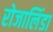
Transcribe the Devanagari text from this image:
रोजालिंडा